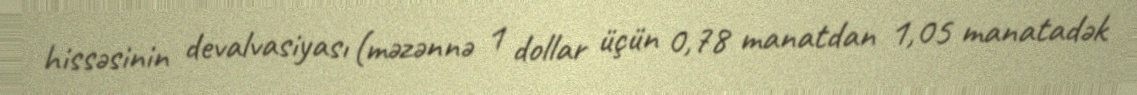
hissəsinin devalvasiyası (məzənnə 1 dollar üçün 0,78 manatdan 1,05 manatadək